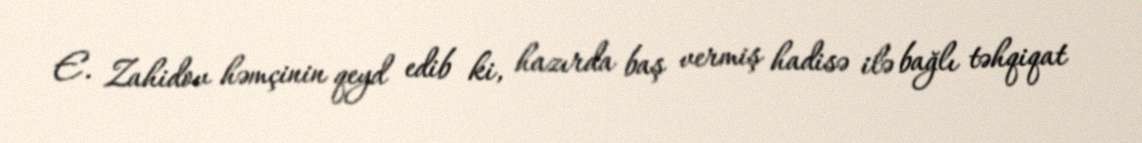
E. Zahidov həmçinin qeyd edib ki, hazırda baş vermiş hadisə ilə bağlı təhqiqat